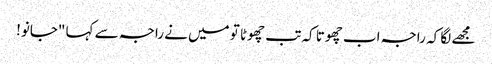
مجھے لگا کہ راجہ اب چھوتا کہ تب چھوٹا تو میں نے راجہ سے کہا "جانو!